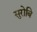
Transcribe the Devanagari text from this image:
सुरोबि